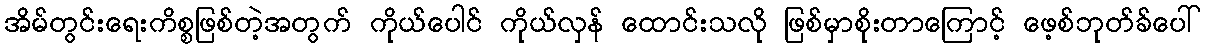
အိမ်တွင်းရေးကိစ္စဖြစ်တဲ့အတွက် ကိုယ်ပေါင် ကိုယ်လှန် ထောင်းသလို ဖြစ်မှာစိုးတာကြောင့် ဖေ့စ်ဘုတ်ခ်ပေါ်